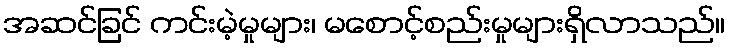
အဆင်ခြင် ကင်းမဲ့မှုများ၊ မစောင့်စည်းမှုများရှိလာသည်။